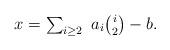
LaTeX: \begin{align*} \mbox{$x=\sum_{i\geq 2} \ a_i{i \choose 2}-b.$}\end{align*}